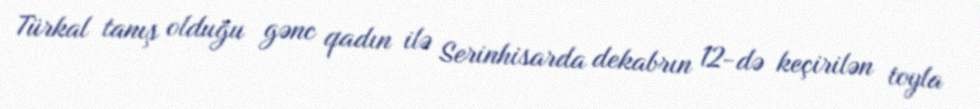
Türkal tanış olduğu gənc qadın ilə Serinhisarda dekabrın 12-də keçirilən toyla